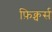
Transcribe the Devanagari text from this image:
फ़िक्चर्स